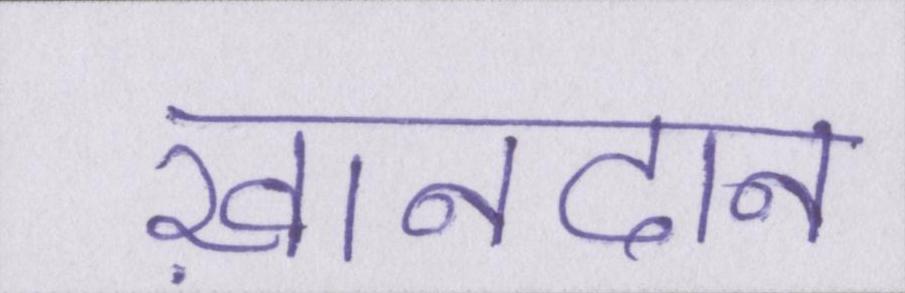
ख़ानदान